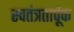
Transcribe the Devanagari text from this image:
स्वतंत्रतार्पूक